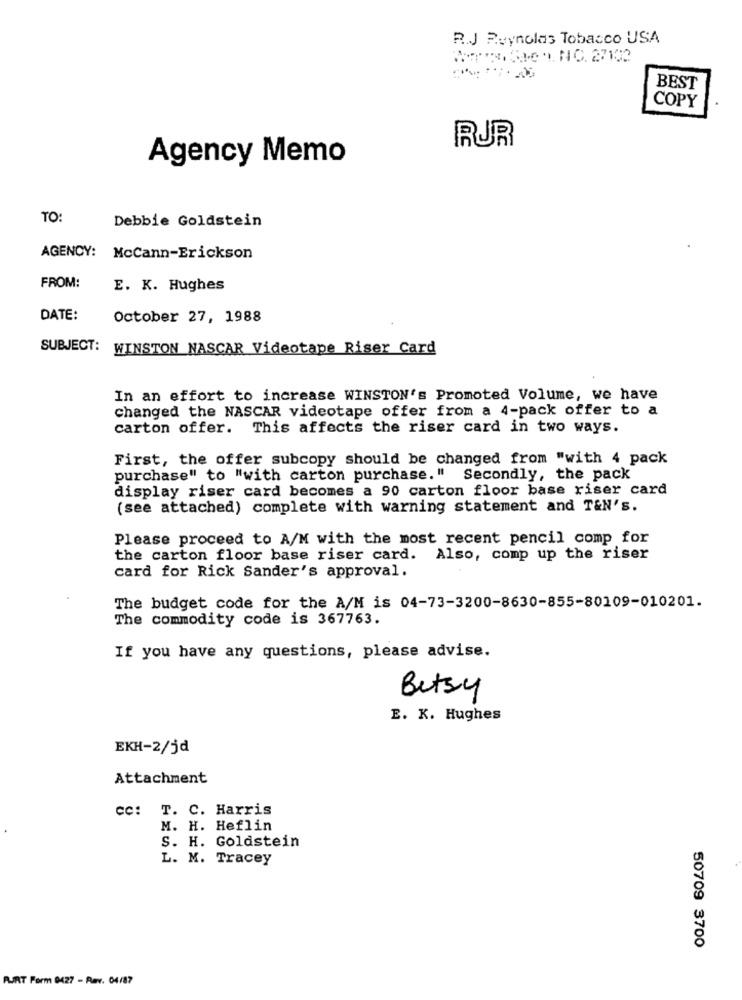
R.J Reynolas Tobacco USA
3,3e1. NO. 27102
BEST
COPY
RUR
Agency Memo
TO:
Debbie Goldstein
AGENCY: McCann-Erickson
FROM:
E. K. Hughes
DATE:
October 27, 1988
SUBJECT:
WINSTON NASCAR Videotape Riser Card
In an effort to increase WINSTON's Promoted Volume, we have
changed the NASCAR videotape offer from a 4-pack offer to a
carton offer. This affects the riser card in two ways.
First, the offer subcopy should be changed from "with 4 pack
purchase" to "with carton purchase." Secondly, the pack
display riser card becomes a 90 carton floor base riser card
(see attached) complete with warning statement and T&N's.
Please proceed to A/M with the most recent pencil comp for
the carton floor base riser card. Also, comp up the riser
card for Rick Sander's approval.
The budget code for the A/M is 04-73-3200-8630-855-80109-010201.
The commodity code is 367763.
If you have any questions, please advise.
Betsy
E. K. Hughes
EKH-2/jd
Attachment
cc: T. C. Harris
M. H. Heflin
S. H. Goldstein
L. M. Tracey
50709 3700
PURT Form 0427 - Rav. 04/87